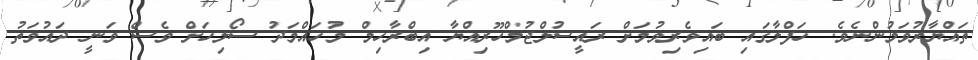
ތައްޔާރުވަމުންނެވެ. ހަފްލާގައި ބައިވެރިވުމަށް ރައީސުލްޖުމްހޫރިއްޔާ އިބްރާހިމް މުހައްމަދު ސޯލިހަށް ވެސް ވަނީ ދައުވަތު